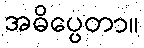
အဓိပ္ပေတာ။